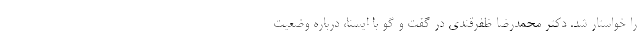
را خواستار شد. دکتر محمدرضا ظفرقندی در گفت و گو با ایسنا، درباره وضعیت